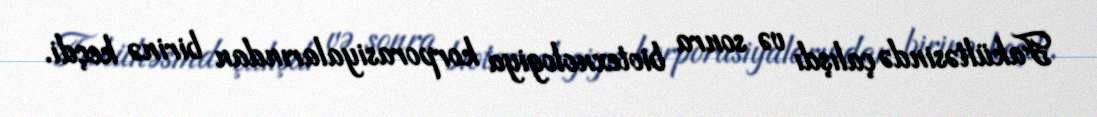
Fakültəsində çalışdı və sonra biotexnologiya korporasiyalarından birinə keçdi.